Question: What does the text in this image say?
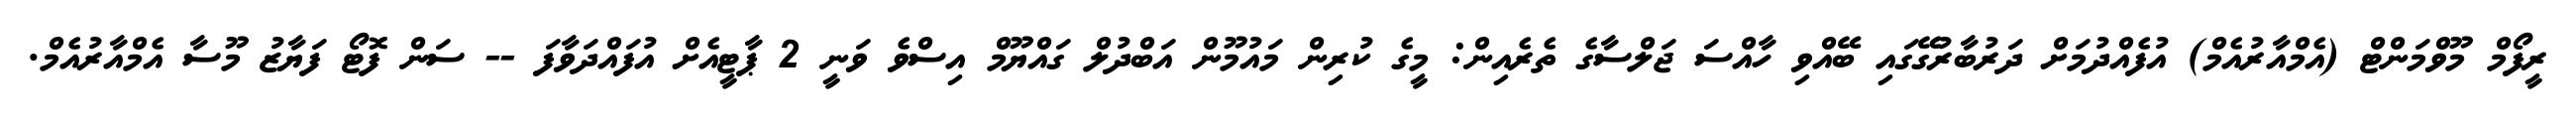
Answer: ރީފޯމް މޫވްމަންޓް (އެމްއާރުއެމް) އުފެއްދުމަށް ދަރުބާރުގޭގައި ބޭއްވި ހާއްސަ ޖަލްސާގެ ތެރެއިން: މީގެ ކުރިން މައުމޫން އަބްދުލް ގައްޔޫމް އިސްވެ ވަނީ 2 ޕާޓީއެށް އުފައްދަވާފަ -- ސަން ފޮޓޯ ފަޔާޒު މޫސާ އެމްއާރުއެމް.